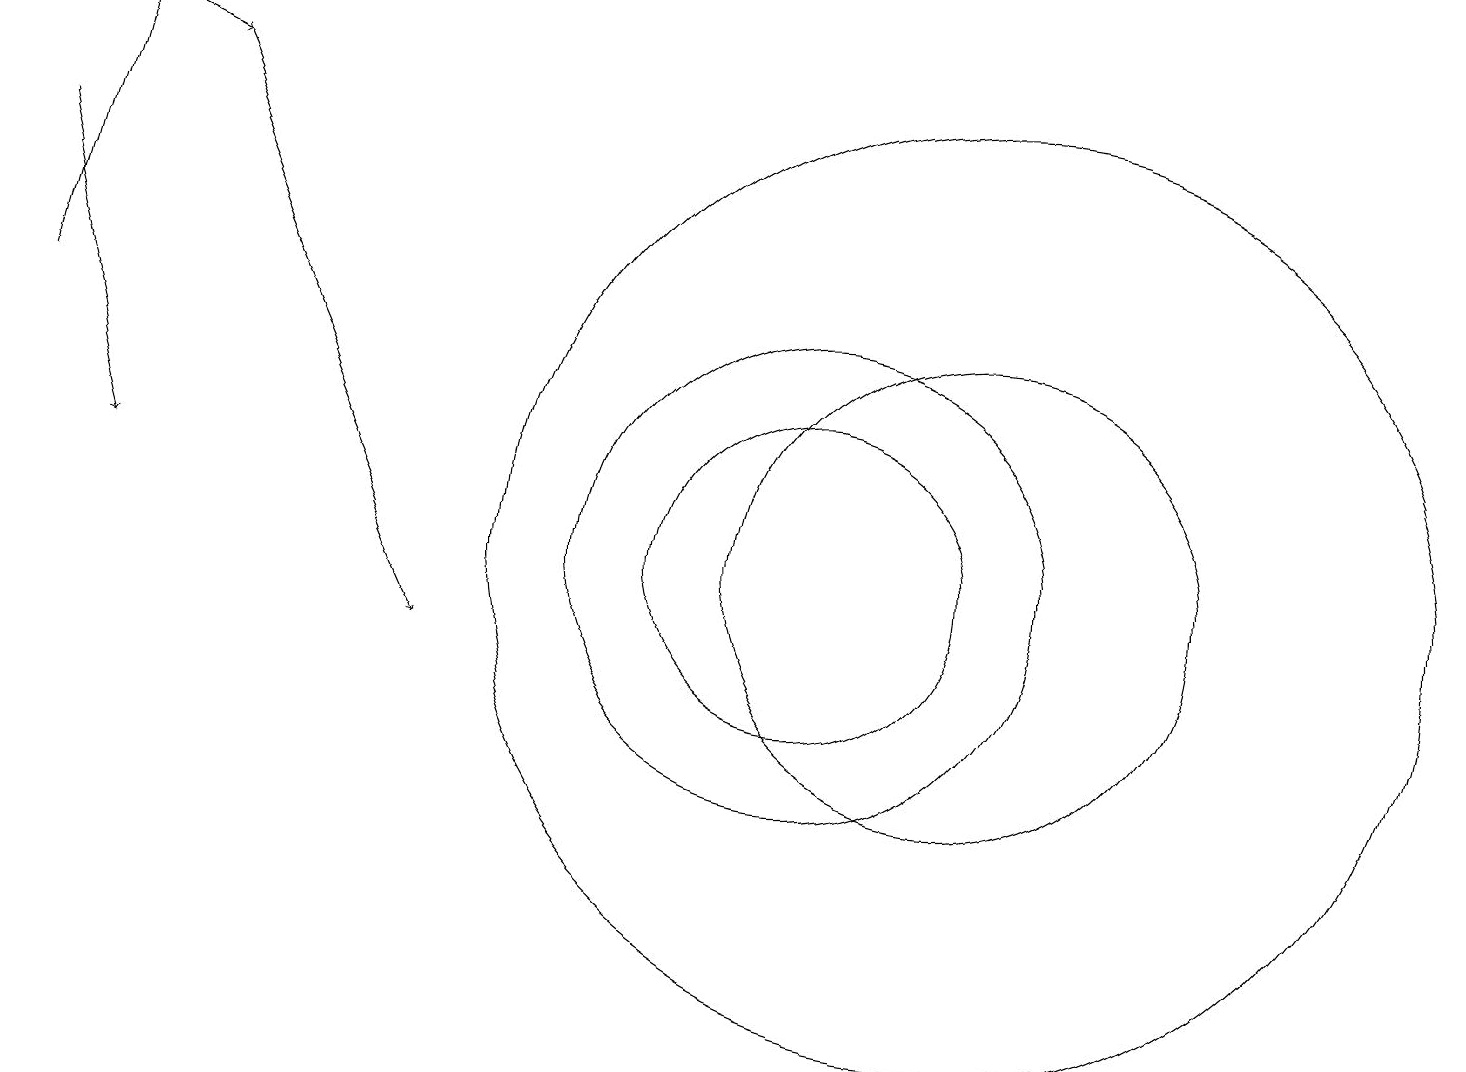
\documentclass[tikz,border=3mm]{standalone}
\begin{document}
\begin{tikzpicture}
\draw[->] (0,16) -- (1,12);
\draw (12,11) circle (6);
\draw (10,11) circle (2);
\draw (12,11) circle (3);
\draw[->] (2,17) -- (5,10);
\draw[->] (0,18) -- (2,17);
\draw[->] (0,14) -- (1,18);
\draw (10,11) circle (3);
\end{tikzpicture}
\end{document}